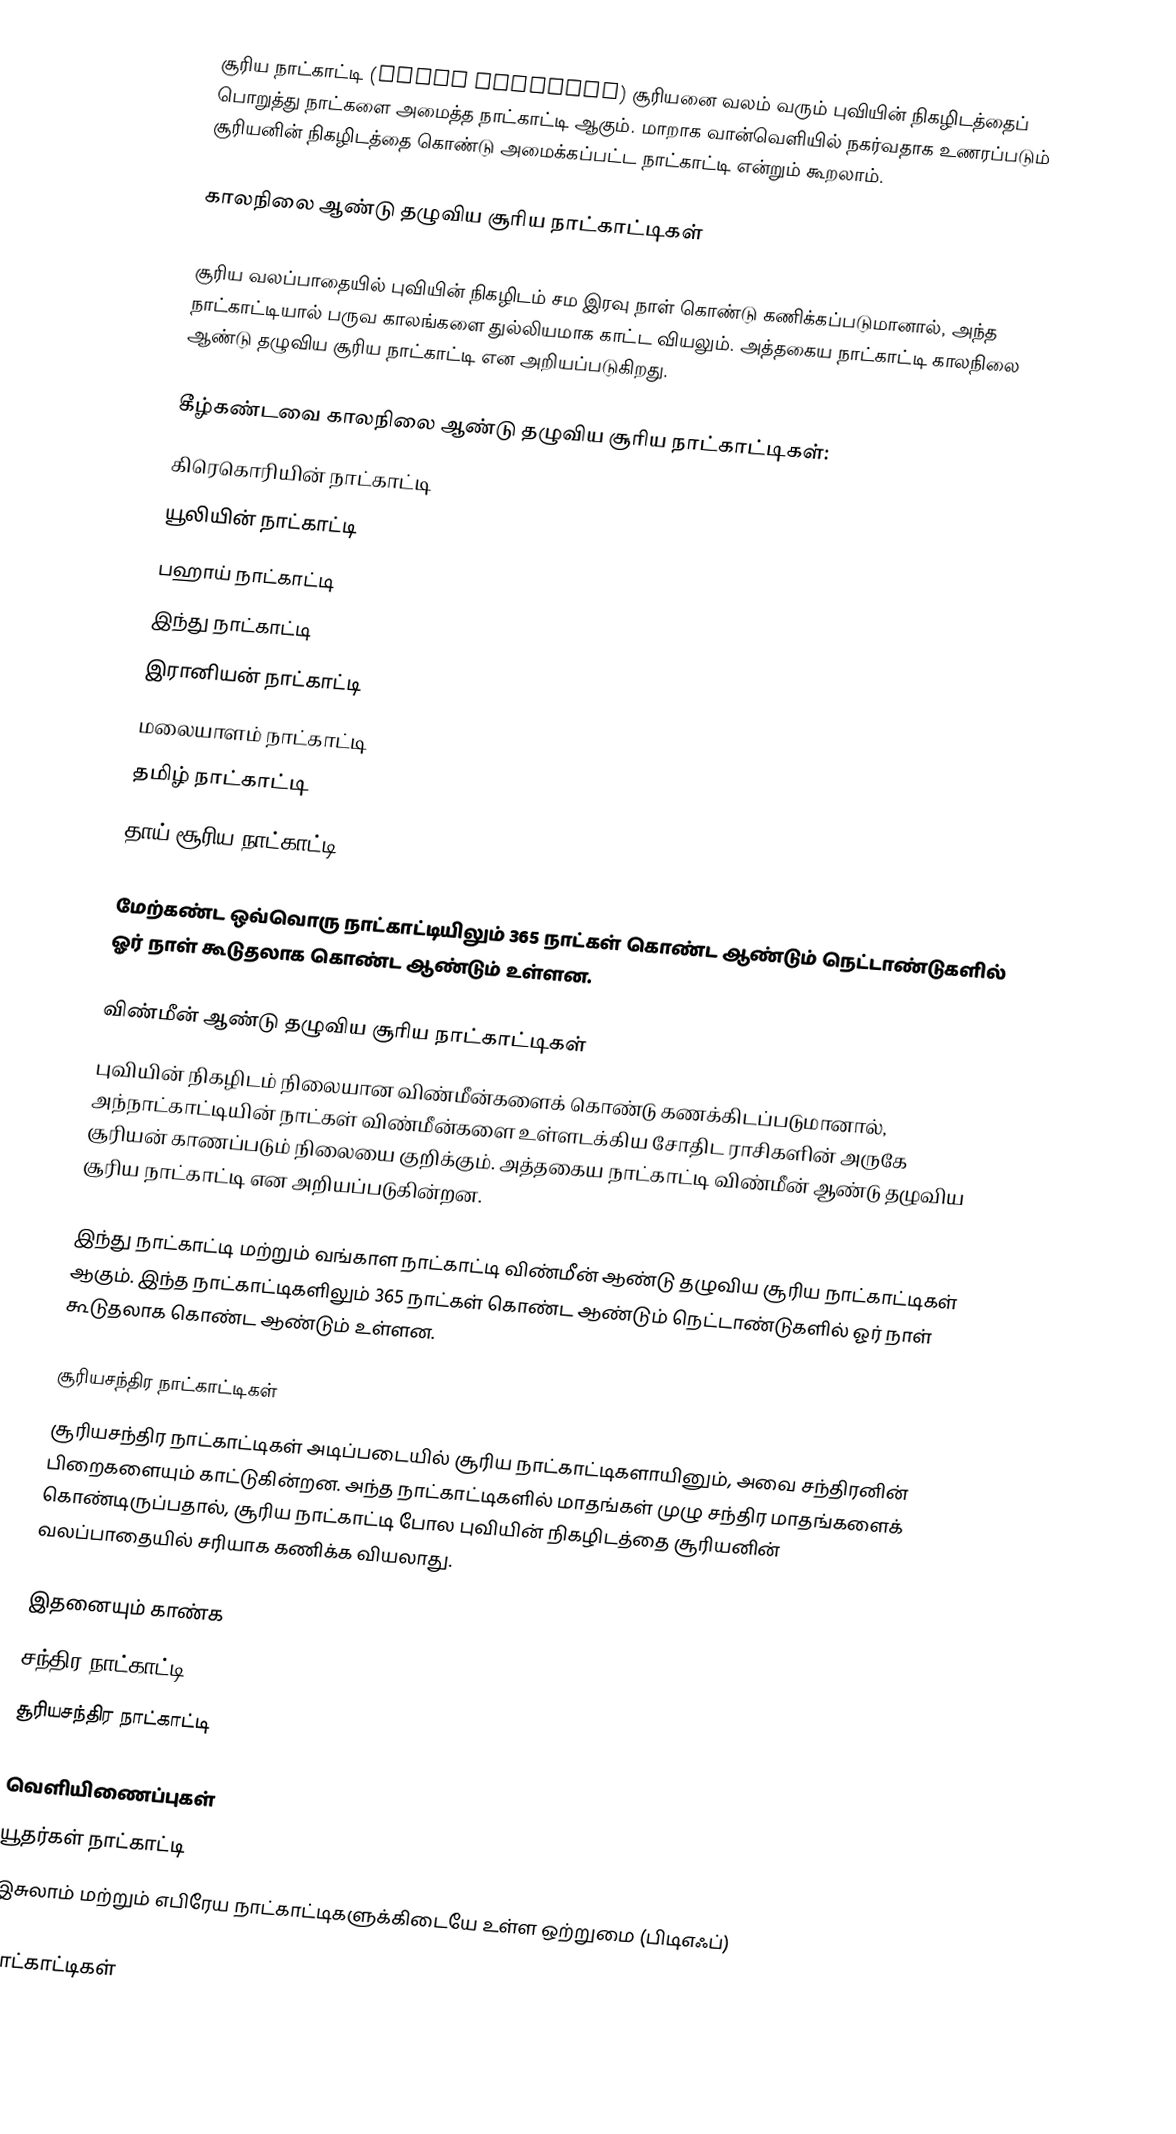
சூரிய நாட்காட்டி (Solar Calendar) சூரியனை வலம் வரும் புவியின் நிகழிடத்தைப் பொறுத்து நாட்களை அமைத்த நாட்காட்டி ஆகும். மாறாக வான்வெளியில் நகர்வதாக உணரப்படும் சூரியனின் நிகழிடத்தை கொண்டு அமைக்கப்பட்ட நாட்காட்டி என்றும் கூறலாம்.

காலநிலை ஆண்டு தழுவிய சூரிய நாட்காட்டிகள்

சூரிய வலப்பாதையில் புவியின் நிகழிடம் சம இரவு நாள் கொண்டு கணிக்கப்படுமானால், அந்த நாட்காட்டியால் பருவ காலங்களை துல்லியமாக காட்ட வியலும். அத்தகைய நாட்காட்டி காலநிலை ஆண்டு தழுவிய சூரிய நாட்காட்டி என அறியப்படுகிறது.

கீழ்கண்டவை காலநிலை ஆண்டு தழுவிய சூரிய நாட்காட்டிகள்:
கிரெகொரியின் நாட்காட்டி
யூலியின் நாட்காட்டி
பஹாய் நாட்காட்டி
இந்து நாட்காட்டி
இரானியன் நாட்காட்டி
மலையாளம் நாட்காட்டி
தமிழ் நாட்காட்டி
தாய் சூரிய நாட்காட்டி

மேற்கண்ட ஒவ்வொரு நாட்காட்டியிலும் 365 நாட்கள் கொண்ட ஆண்டும் நெட்டாண்டுகளில் ஓர் நாள் கூடுதலாக கொண்ட ஆண்டும் உள்ளன.

விண்மீன் ஆண்டு தழுவிய சூரிய நாட்காட்டிகள்
புவியின் நிகழிடம் நிலையான விண்மீன்களைக் கொண்டு கணக்கிடப்படுமானால், அந்நாட்காட்டியின் நாட்கள் விண்மீன்களை உள்ளடக்கிய சோதிட ராசிகளின் அருகே சூரியன் காணப்படும் நிலையை குறிக்கும். அத்தகைய நாட்காட்டி விண்மீன் ஆண்டு தழுவிய சூரிய நாட்காட்டி என அறியப்படுகின்றன.

இந்து நாட்காட்டி மற்றும் வங்காள நாட்காட்டி விண்மீன் ஆண்டு தழுவிய சூரிய நாட்காட்டிகள் ஆகும். இந்த நாட்காட்டிகளிலும் 365 நாட்கள் கொண்ட ஆண்டும் நெட்டாண்டுகளில் ஓர் நாள் கூடுதலாக கொண்ட ஆண்டும் உள்ளன.

சூரியசந்திர நாட்காட்டிகள்
சூரியசந்திர நாட்காட்டிகள் அடிப்படையில் சூரிய நாட்காட்டிகளாயினும், அவை சந்திரனின் பிறைகளையும் காட்டுகின்றன. அந்த நாட்காட்டிகளில் மாதங்கள் முழு சந்திர மாதங்களைக் கொண்டிருப்பதால், சூரிய நாட்காட்டி போல புவியின் நிகழிடத்தை சூரியனின் வலப்பாதையில் சரியாக கணிக்க வியலாது.

இதனையும் காண்க
 சந்திர நாட்காட்டி
 சூரியசந்திர நாட்காட்டி

வெளியிணைப்புகள்
யூதர்கள் நாட்காட்டி
இசுலாம் மற்றும் எபிரேய நாட்காட்டிகளுக்கிடையே உள்ள ஒற்றுமை (பிடிஎஃப்)

நாட்காட்டிகள்